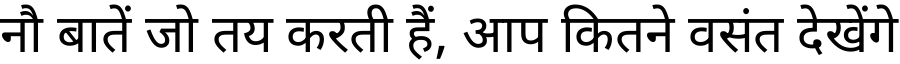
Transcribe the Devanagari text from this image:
नौ बातें जो तय करती हैं, आप कितने वसंत देखेंगे